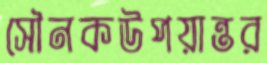
সৌনকউপয়ান্তর